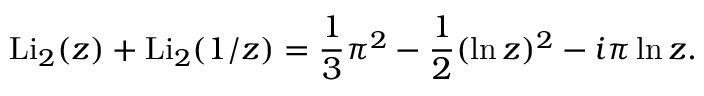
\operatorname { L i } _ { 2 } ( z ) + \operatorname { L i } _ { 2 } ( 1 / z ) = { \frac { 1 } { 3 } } \pi ^ { 2 } - { \frac { 1 } { 2 } } ( \ln z ) ^ { 2 } - i \pi \ln z .